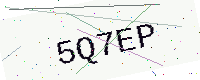
Text: 5Q7EP